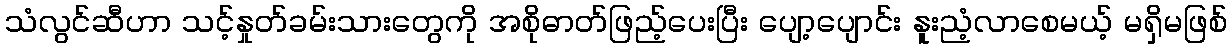
သံလွင်ဆီဟာ သင့်နှုတ်ခမ်းသားတွေကို အစိုဓာတ်ဖြည့်ပေးပြီး ပျော့ပျောင်း နူးညံ့လာစေမယ့် မရှိမဖြစ်